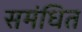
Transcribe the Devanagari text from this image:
समंधित